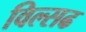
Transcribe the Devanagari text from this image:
विल्सढ